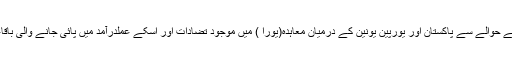
وزیر داخلہ نے کہا کہ ڈی پورٹیز کے حوالے سے پاکستان اور یورپین یونین کے درمیان معاہدہ(یورا ) میں موجود تضادات اور اسکے عملدرآمد میں پائی جانے والی باقاعدگیاںیورا کی معطلی کا باعث بنیں۔